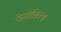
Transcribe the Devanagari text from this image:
फेनोलिक्स